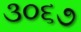
૩૦૬૭